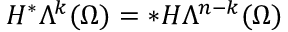
H ^ { \ast } \Lambda ^ { k } ( \Omega ) = \ast H \Lambda ^ { n - k } ( \Omega )